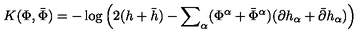
K ( \Phi , { \bar { \Phi } } ) = - \log \left( 2 ( h + { \bar { h } } ) - { \sum } _ { \alpha } ( { \Phi } ^ { \alpha } + { \bar { \Phi } } ^ { \alpha } ) ( { \partial h } _ { \alpha } + { \bar { \partial } } { h } _ { \alpha } ) \right)